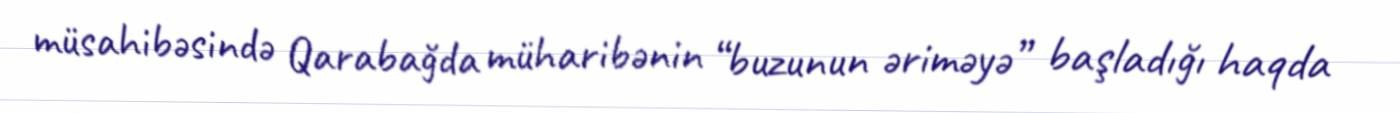
müsahibəsində Qarabağda müharibənin “buzunun əriməyə” başladığı haqda